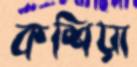
কশিয়া